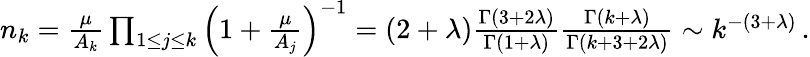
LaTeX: \begin{array}{r}{n_{k}=\frac{\mu}{A_{k}}\prod_{1\leq j\leq k}\left(1+\frac{\mu}{A_{j}}\right)^{-1}=(2+\lambda)\frac{\Gamma(3+2\lambda)}{\Gamma(1+\lambda)}\frac{\Gamma(k+\lambda)}{\Gamma(k+3+2\lambda)}\sim k^{-(3+\lambda)}\, .}\end{array}